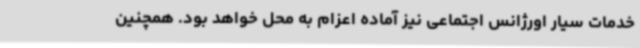
خدمات سیار اورژانس اجتماعی نیز آماده اعزام به محل خواهد بود. همچنین